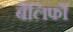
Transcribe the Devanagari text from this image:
बैलिफों